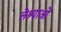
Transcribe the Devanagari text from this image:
लेश्याओं